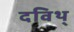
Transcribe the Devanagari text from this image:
दविथ्